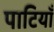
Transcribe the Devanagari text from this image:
पाटियाँ